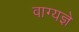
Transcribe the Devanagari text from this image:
वाग्यज्ञे